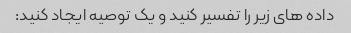
داده های زیر را تفسیر کنید و یک توصیه ایجاد کنید: